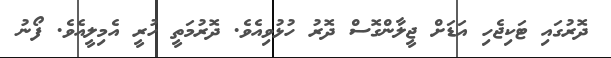
ދޮރުގައި ޓަކިޖެހި އަޑަށް ޖީލާންގޮސް ދޮރު ހުޅުވިއެވެ. ދޮރުމަތީ ހުރީ އެމިލީއެވެ. ފޯނު